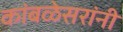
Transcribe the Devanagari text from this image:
कांबळेसरांनी